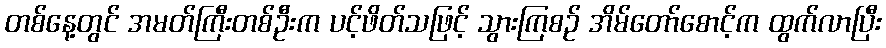
တစ်နေ့တွင် အမတ်ကြီးတစ်ဦးက ပင့်ဖိတ်သဖြင့် သွားကြစဉ် အိမ်တော်စောင့်က ထွက်လာပြီး